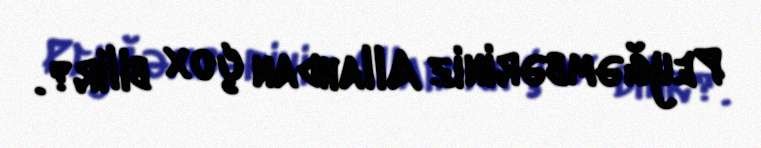
Peyğəmbəriniz Allahdan çox bilir?.